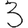
Digit: 3